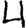
Digit: 4